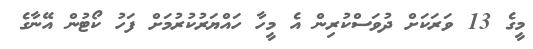
މީގެ 13 ވަރަކަށް ދުވަސްކުރިން އެ މީހާ ހައްޔަރުކުރުމަށް ފަހު ކޯޓުން އޭނާގެ